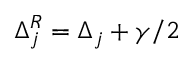
\Delta _ { j } ^ { R } = \Delta _ { j } + \gamma / 2